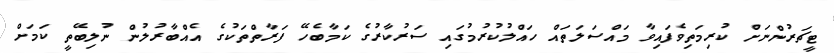
ޓީޗަރުންނަށް ކުރިމަތިވެފައިވާ މައްސަލަތައް ހައްލުކުރުމުގައި ސަރުކާރުގެ ކަމާބެހޭ ފަރާތްތަކުގެ އެއްބާރުލުން ނުލިބޭތީ ކަމަށް